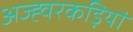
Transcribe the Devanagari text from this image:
अज्ह्वरकड़ियां